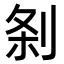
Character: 𭃯